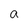
Character: a